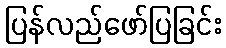
ပြန်လည်ဖော်ပြခြင်း